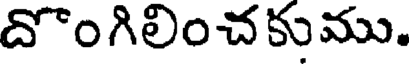
దొంగిలించకుము.